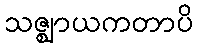
သဇ္ဈာယကတာပိ